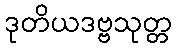
ဒုတိယဒဗ္ဗသုတ္တ